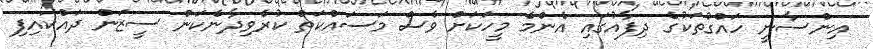
އިންސާނީ ހައްގުތަކުގެ ދިފާއުގައި އެންމެ މީހަކަށް ވެސް މަސައްކަތް ކުރެވިދާނެކަން ސީޒަން ދައްކައިފި